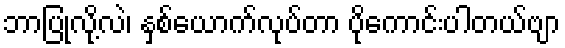
ဘာပြုလို့လဲ၊ နှစ်ယောက်လုပ်တာ ပိုကောင်းပါတယ်ဗျာ